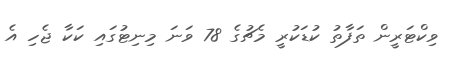
ވިކްޓަރީން ތަފާތު ކުޑަކުރީ މެޗުގެ 78 ވަނަ މިނިޓުގައި ކަކާ ޖެހި އެ